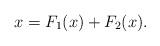
LaTeX: \begin{align*} x = F_1(x) + F_2(x).\end{align*}